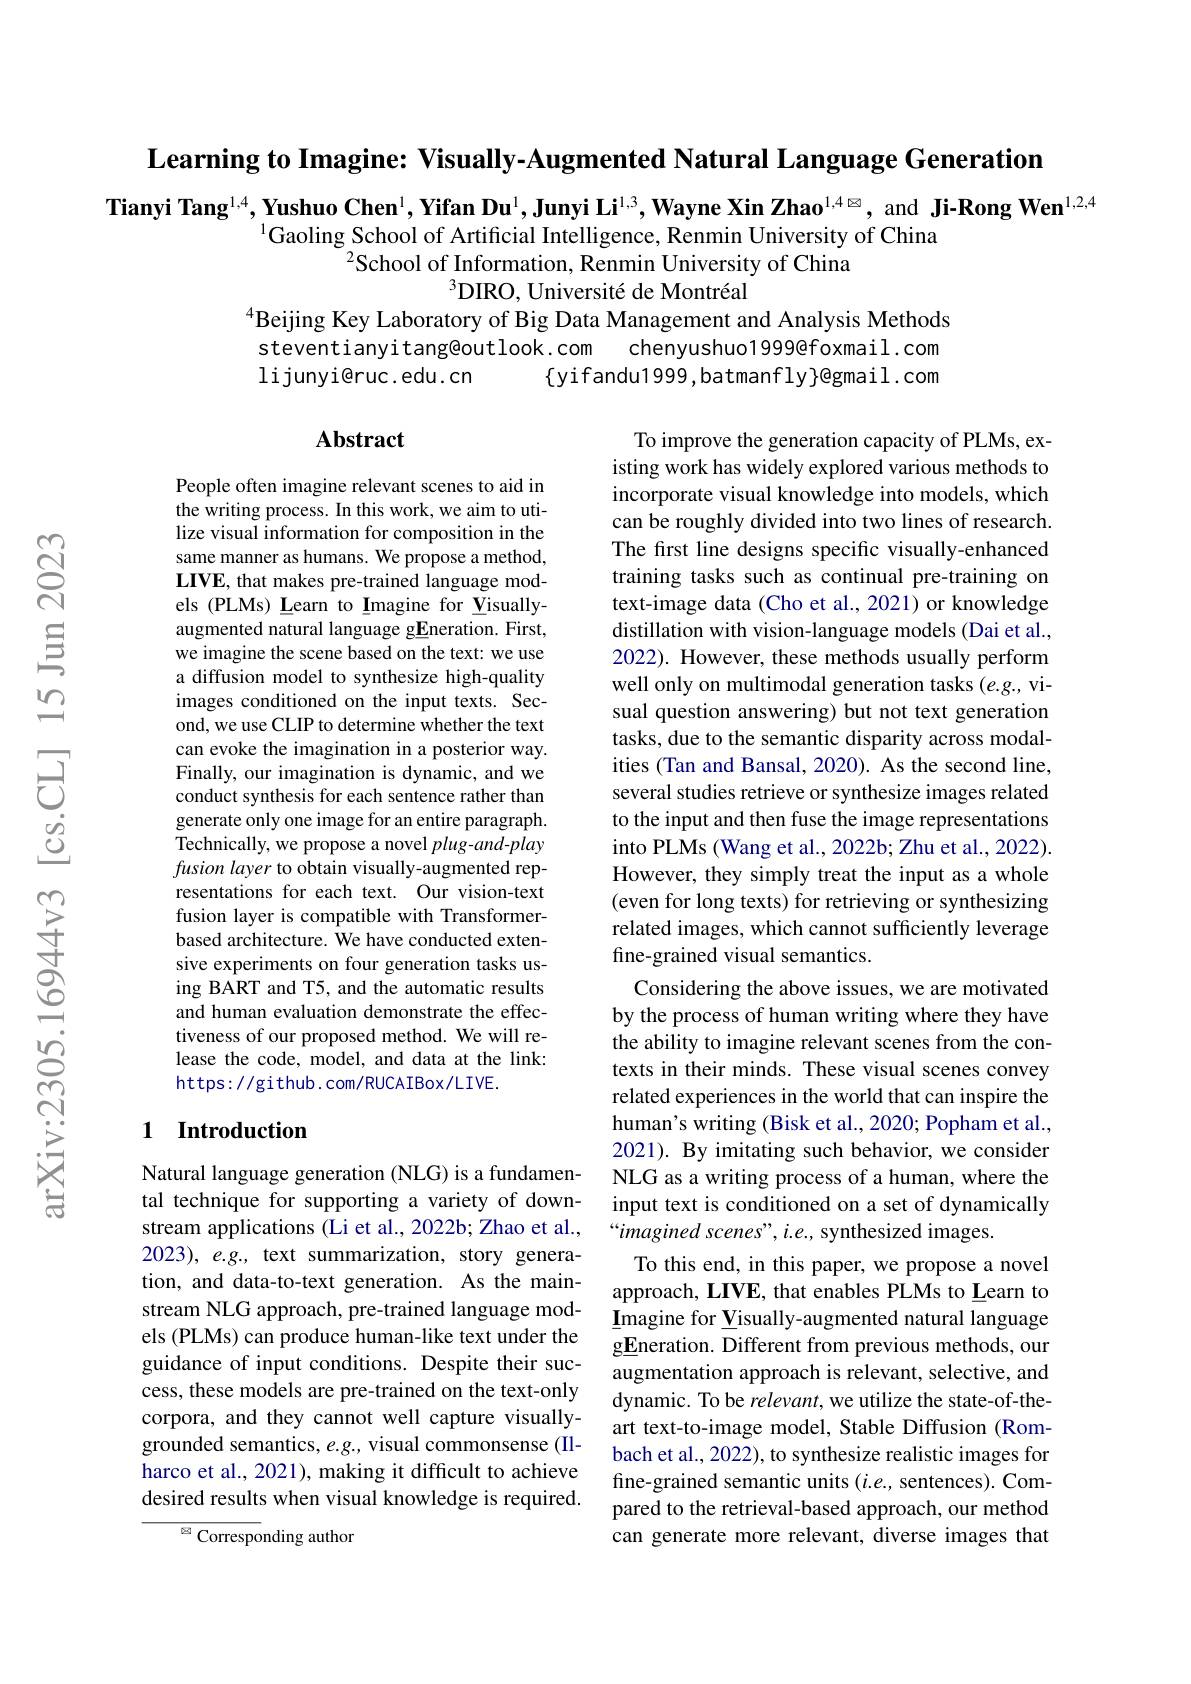
Learning to Imagine: Visually-Augmented Natural Language Generation

Tianyi Tang$^{1,4},\textbf{Yushuo Chen}^{1},\textbf{Yifan Du}^{1},\textbf{Junyi Li}^{1,3},\textbf{Wayne Xin Zhao}^{1,4\:\otimes}$, and Ji-Rong Wen$^1,2,4$
$^{1}$Gaoling School of Artificial Intelligence, Renmin University of China
$^{2}$School of Information, Renmin University of China
$^{3}$DIRO, Université de Montréal
$^{4}$Beijing Key Laboratory of Big Data Management and Analysis Methods

steventianyitang@outlook.com
chenyushuo1999@foxmail.com
lijunyi@ruc.edu.cn
$\{$yifandu1999,batmanfly$\}$@gmail.com

### $\mathbf{Abstract}$

People often imagine relevant scenes to aid in the writing process. In this work, we aim to utilize visual information for composition in the same manner as humans. We propose a method, LIVE, that makes pre-trained language models (PLMs) Learn to Imagine for Visuallyaugmented natural language gEneration. First, we imagine the scene based on the text: we use a diffusion model to synthesize high-quality images conditioned on the input texts. Second, we use CLIP to determine whether the text can evoke the imagination in a posterior way. Finally, our imagination is dynamic, and we conduct synthesis for each sentence rather than generate only one image for an entire paragraph. Technically, we propose a novel $plug-and-play$ fusion layer to obtain visually-augmented representations for each text. Our vision-text fusion layer is compatible with Transformerbased architecture. We have conducted extensive experiments on four generation tasks using BART and T5, and the automatic results and human evaluation demonstrate the effectiveness of our proposed method. We will release the code, model, and data at the link: https://github.com/RUCAIBox/LIVE.

To improve the generation capacity of PLMs, existing work has widely explored various methods to incorporate visual knowledge into models, which can be roughly divided into two lines of research. The first line designs specific visually-enhanced training tasks such as continual pre-training on text-image data (Cho et al., 2021) or knowledge distillation with vision-language models (Dai et al., 2022). However, these methods usually perform well only on multimodal generation tasks (e.g., visual question answering) but not text generation tasks, due to the semantic disparity across modalities (Tan and Bansal, 2020). As the second line, several studies retrieve or synthesize images related to the input and then fuse the image representations into PLMs (Wang et al., 2022b; Zhu et al., 2022). However, they simply treat the input as a whole (even for long texts) for retrieving or synthesizing related images, which cannot sufficiently leverage fine-grained visual semantics.
Considering the above issues, we are motivated by the process of human writing where they have the ability to imagine relevant scenes from the contexts in their minds. These visual scenes convey related experiences in the world that can inspire the human's writing (Bisk et al., 2020; Popham et al., 2021). By imitating such behavior, we consider NLG as a writing process of a human, where the input text is conditioned on a set of dynamically “imagined scenes", i.e., synthesized images.
To this end, in this paper, we propose a novel approach, LIVE, that enables PLMs to Learn to $\underline{{\mathrm{I}}}$magine for Visually-augmented natural language gEneration. Different from previous methods, our augmentation approach is relevant, selective, and dynamic. To be relevant, we utilize the state-of-theart text-to-image model, Stable Diffusion (Rombach et al., 2022), to synthesize realistic images for fine-grained semantic units $(i.e.$, sentences). Compared to the retrieval-based approach, our method can generate more relevant, diverse images that

## 1 Introduction

Natural language generation (NLG) is a fundamental technique for supporting a variety of downstream applications (Li et al., 2022b; Zhao et al., 2023), e.g., text summarization, story generation, and data-to-text generation. As the mainstream NLG approach, pre-trained language models (PLMs) can produce human-like text under the guidance of input conditions. Despite their success, these models are pre-trained on the text-only corpora, and they cannot well capture visuallygrounded semantics, e.g., visual commonsense (IIharco et al., 2021), making it difficult to achieve desired results when visual knowledge is required.

${\overline{{\mathrm{Correspo}}}}$nding author